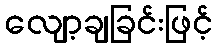
လျော့ချခြင်းဖြင့်